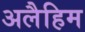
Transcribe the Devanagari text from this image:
अलैहिम